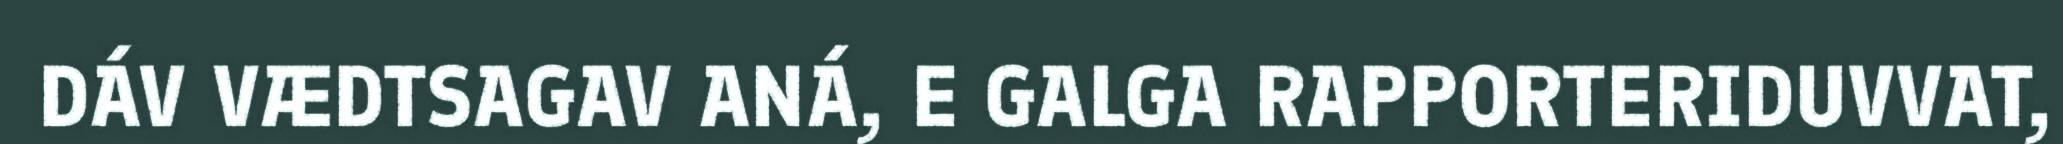
DÁV VÆDTSAGAV ANÁ, E GALGA RAPPORTERIDUVVAT,